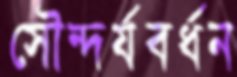
সৌন্দর্যবর্ধন